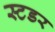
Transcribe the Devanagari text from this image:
स्टडर